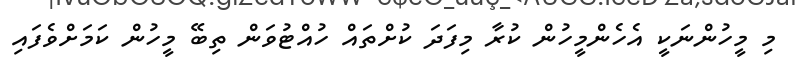
މި މީހުންނަކީ އެހެންމީހުން ކުރާ މިފަދަ ކުށްތައް ހުއްޓުވަން ތިބޭ މީހުން ކަމަށްވެފައި